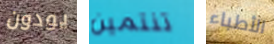
يودون تنتمين الأطباء